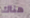
هناك